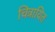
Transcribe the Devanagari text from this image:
चित्रायित